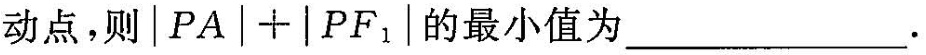
动点,则$$\begin{vmatrix} PA \end{vmatrix}+\begin{vmatrix} PF_{1} \end{vmatrix}$$的最小值为___.